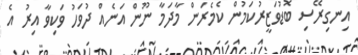
އިނގިރޭސި ބޮޑުވަޒީރުކަމުން ކެމެރަން މާދަމާ ނޫން އަނެއް ދުވަހު ވަކިވާ އިރު އެ